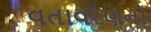
વતાવરણનો